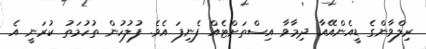
ރިލްވާންގެ ޑީއެންއޭއާ ދިމާވާ އިސްތަށްޓެއް ފެނިފަ އެވެ. ފުލުހުން ތުހުމަތު ކުރަނީ އެ